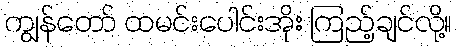
ကျွန်တော် ထမင်းပေါင်းအိုး ကြည့်ချင်လို့။